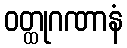
ဝတ္ထုဂဏာနံ